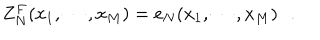
LaTeX: Z _ { N } ^ { F } ( x _ { 1 } , \cdots , x _ { M } ) = e _ { N } ( x _ { 1 } , \cdots , x _ { M } ) \, \, \, \, .